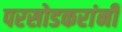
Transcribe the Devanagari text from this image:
परसोडकरांनी